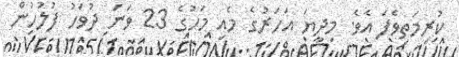
ކުރިމަތިވެފަ އެވެ. މިދިޔަ އަހަރުގެ މެއި މަހުގެ 23 ވަނަ ދުވަހު ފުލުހުން